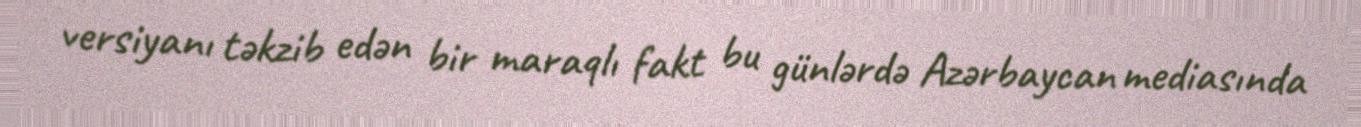
versiyanı təkzib edən bir maraqlı fakt bu günlərdə Azərbaycan mediasında